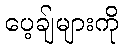
ပေ့ချ်များကို